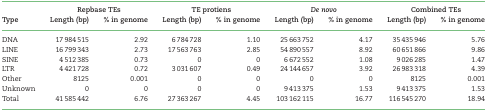
<table><thead><tr><td></td><td colspan="2"><b>Repbase TEs</b></td><td colspan="2"><b>TE protiens</b></td><td colspan="2"><b><i>De novo</i></b></td><td colspan="2"><b>Combined TEs</b></td></tr><tr><td><b>Type</b></td><td><b>Length (bp)</b></td><td><b>% in genome</b></td><td><b>Length (bp)</b></td><td><b>% in genome</b></td><td><b>Length (bp)</b></td><td><b>% in genome</b></td><td><b>Length (bp)</b></td><td><b>% in genome</b></td></tr></thead><tbody><tr><td>DNA</td><td>17 984 515</td><td>2.92</td><td>6 784 728</td><td>1.10</td><td>25 663 752</td><td>4.17</td><td>35 435 946</td><td>5.76</td></tr><tr><td>LINE</td><td>16 799 343</td><td>2.73</td><td>17 563 763</td><td>2.85</td><td>54 890 557</td><td>8.92</td><td>60 651 866</td><td>9.86</td></tr><tr><td>SINE</td><td>4 512 385</td><td>0.73</td><td>0</td><td>0</td><td>6 672 552</td><td>1.08</td><td>9 026 285</td><td>1.47</td></tr><tr><td>LTR</td><td>4 421 728</td><td>0.72</td><td>3 031 607</td><td>0.49</td><td>24 144 657</td><td>3.92</td><td>26 983 318</td><td>4.39</td></tr><tr><td>Other</td><td>8125</td><td>0.001</td><td>0</td><td>0</td><td>0</td><td>0</td><td>8125</td><td>0.001</td></tr><tr><td>Unknown</td><td>0</td><td>0</td><td>0</td><td>0</td><td>9 413 375</td><td>1.53</td><td>9 413 375</td><td>1.53</td></tr><tr><td>Total</td><td>41 585 442</td><td>6.76</td><td>27 363 267</td><td>4.45</td><td>103 162 115</td><td>16.77</td><td>116 545 270</td><td>18.94</td></tr></tbody></table>